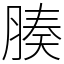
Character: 腠